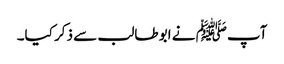
آپﷺ نے ابو طالب سے ذکر کیا۔